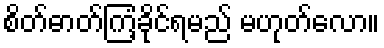
စိတ်ဓာတ်ကြံ့ခိုင်ရမည် မဟုတ်လော။